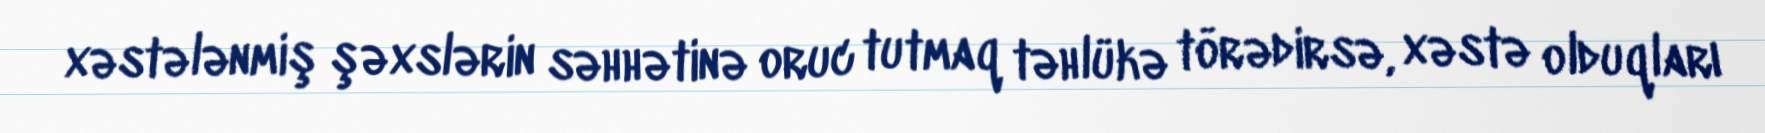
xəstələnmiş şəxslərin səhhətinə oruc tutmaq təhlükə törədirsə, xəstə olduqları